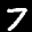
Label: 7